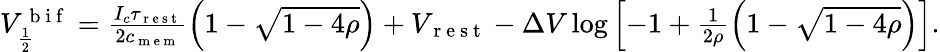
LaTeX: \begin{array}{r}{V_{\frac{1}{2}}^{\mathrm{~b~i~f~}}=\frac{I_{c}\tau_{\mathrm{~r~e~s~t~}}}{2c_{\mathrm{~m~e~m~}}}\left(1-\sqrt{1-4\rho}\right)+V_{\mathrm{~r~e~s~t~}}-\Delta V\log\left[-1+\frac{1}{2\rho}\left(1-\sqrt{1-4\rho}\right)\right].}\end{array}